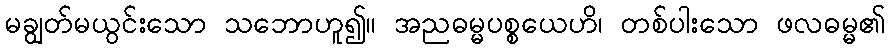
မချွတ်မယွင်းသော သဘောဟူ၍။ အညဓမ္မပစ္စယေဟိ၊ တစ်ပါးသော ဖလဓမ္မ၏